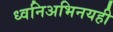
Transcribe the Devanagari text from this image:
ध्वनिअभिनयही